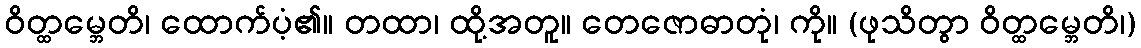
ဝိတ္ထမ္ဘေတိ၊ ထောက်ပံ့၏။ တထာ၊ ထို့အတူ။ တေဇောဓာတုံ၊ ကို။ (ဖုသိတွာ ဝိတ္ထမ္ဘေတိ၊)